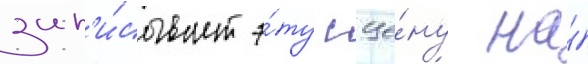
зап'и́сывает э́ту сце́ну на́